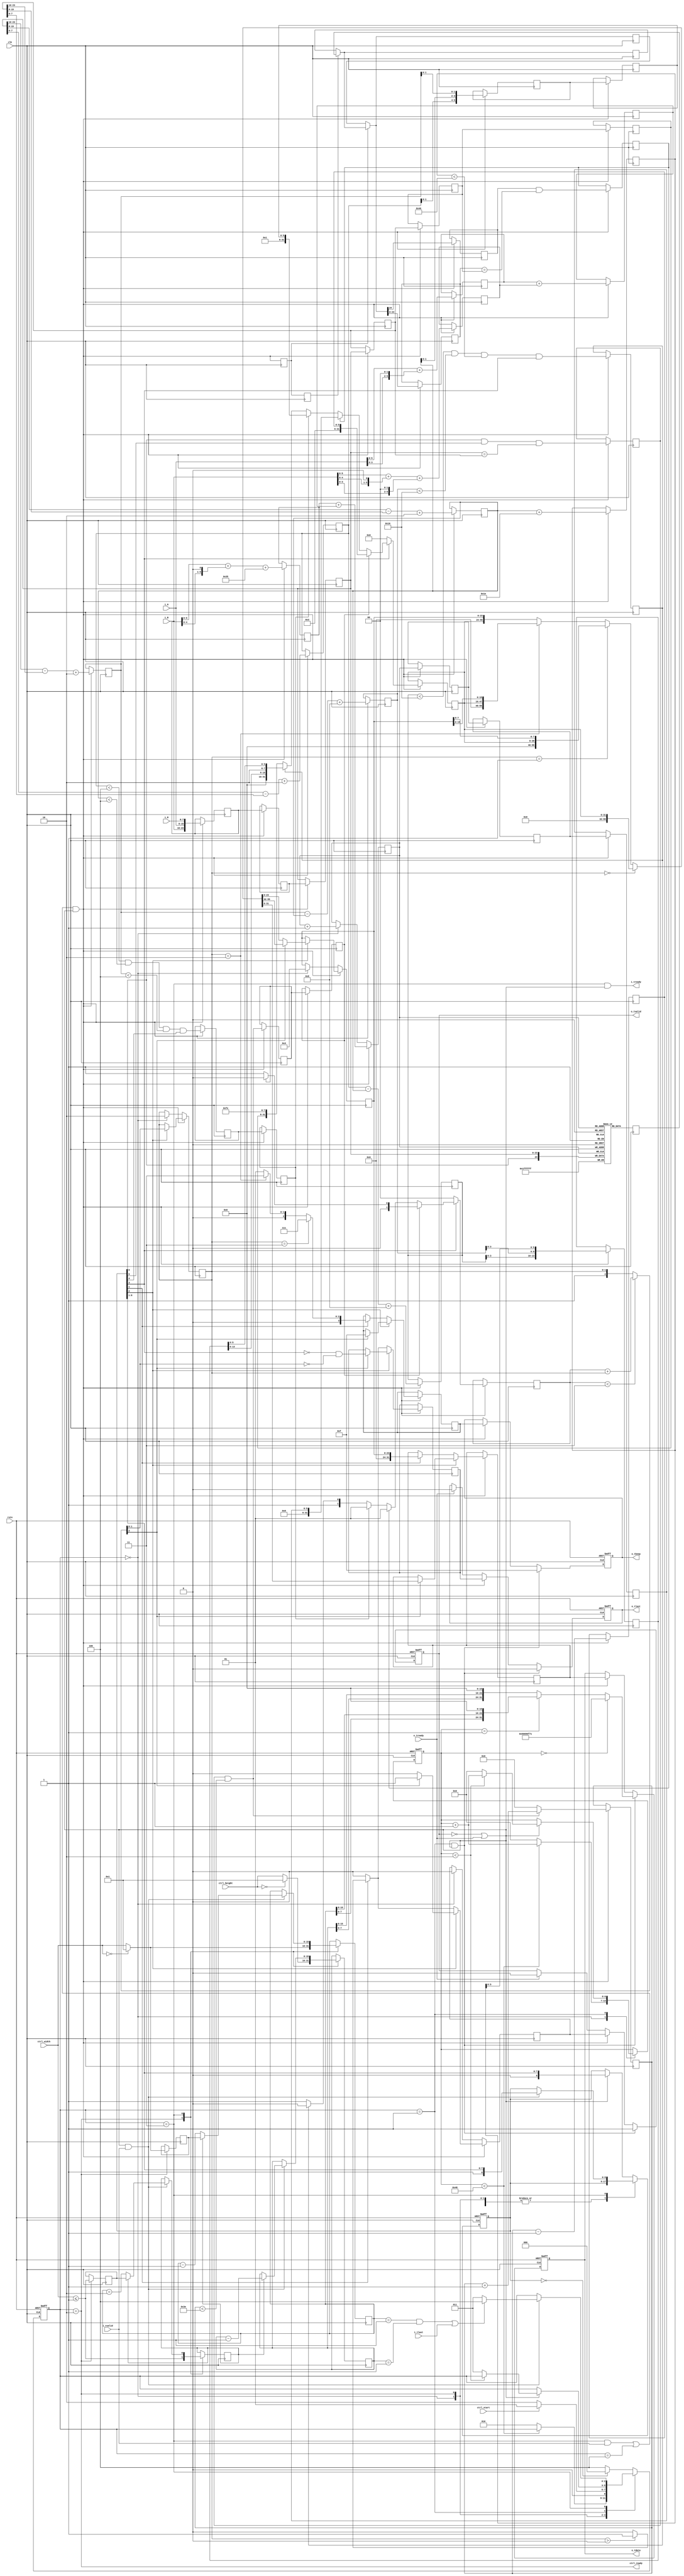

module qoi_compressor (
    input  wire        rstn,
    input  wire        clk,
    // control interface, use this interface to start a frame
    output wire        ctrl_ready,
    input  wire        ctrl_start,
    input  wire [15:0] ctrl_width,
    input  wire [15:0] ctrl_height,
    // input pixel interface (AXI-stream)
    output wire        i_tready,
    input  wire        i_tvalid,
    input  wire        i_tlast,
    input  wire [ 7:0] i_R, i_G, i_B,
    // output compressed QOI stream interface (AXI-stream)
    input  wire        o_tready,
    output reg         o_tvalid,
    output reg         o_tlast,
    output reg  [ 3:0] o_tkeep,
    output reg  [31:0] o_tdata      // little endian
);


localparam [2:0] S_INIT  = 3'd0,
                 S_HDR   = 3'd1,
                 S_WAIT  = 3'd2,
                 S_WORK  = 3'd3,
                 S_FLUSH = 3'd4;

reg  [ 2:0] state = S_INIT;
reg  [ 6:0] cnt   = 7'd0;
reg  [ 8:0] pipe_shift = 9'h0;
reg  [15:0] width, xpos, ypos;
reg         width_e1, xpos_e1;

wire   pipe_ready =  ~o_tvalid | o_tready;
wire   pipe_flow  = ((state == S_WORK && i_tvalid) || state==S_FLUSH) & pipe_ready;
reg    pipe_flow_r1, pipe_flow_r2;
always @ (posedge clk) {pipe_flow_r1, pipe_flow_r2} <= {pipe_flow, pipe_flow_r1};

assign ctrl_ready =  (state == S_WAIT);
assign i_tready   =  (state == S_WORK) & pipe_ready;


always @ (posedge clk or negedge rstn)
    if (~rstn) begin
        state <= S_INIT;
        cnt   <= 7'd0;
        pipe_shift <= 9'h0;
        
    end else begin
        case (state)
            S_INIT :    // use this state to initialize hash table
                if (cnt < 7'd72) begin
                    cnt <= cnt + 7'd1;
                end else begin
                    cnt <= 7'd0;
                    state <= S_WAIT;
                end
            
            S_WAIT :
                state  <= ctrl_start ? S_HDR : S_WAIT;
            
            S_HDR  :
                if (pipe_ready) begin
                    if (cnt < 7'd2) begin
                        cnt <= cnt + 7'd1;
                    end else begin
                        cnt <= 7'd0;
                        state <= S_WORK;
                    end
                end
            
            S_WORK :
                if (pipe_ready & i_tvalid) begin
                    state <= ((xpos==16'd1 && ypos==16'd1) || i_tlast) ? S_FLUSH : S_WORK;
                    pipe_shift <= {1'b1, pipe_shift[8:1]};
                end
            
            default /*S_FLUSH*/ : begin
                state <= (pipe_shift == 9'h0) ? S_INIT : S_FLUSH;
                if (pipe_ready)
                    pipe_shift <= {1'b0, pipe_shift[8:1]};
            end
        endcase
    end


always @ (posedge clk)
    case (state)
        S_WAIT : begin
            width   <= (ctrl_width == 16'd0) ? 16'd1 : ctrl_width;
            xpos    <= (ctrl_width == 16'd0) ? 16'd1 : ctrl_width;
            width_e1<= (ctrl_width <= 16'd1);
            xpos_e1 <= (ctrl_width <= 16'd1);
            ypos    <= (ctrl_height== 16'd0) ? 16'd1 : ctrl_height;
        end
        
        S_WORK :
            if (pipe_ready & i_tvalid) begin
                if (xpos_e1) begin
                    xpos    <= width;
                    xpos_e1 <= width_e1;
                    ypos    <= ypos - 16'd1;
                end else begin
                    xpos    <= xpos - 16'd1;
                    xpos_e1 <=(xpos ==16'd2);
                end
            end
    endcase


wire    a_e, b_e, c_e, d_e, e_e, f_e, g_e, h_e, j_e;                 // pipeline stages : a~h
assign {a_e, b_e, c_e, d_e, e_e, f_e, g_e, h_e, j_e} = pipe_shift;   // extract enable bits of each pipeline stage

reg  [23:0] a_BGR, b_BGR, c_BGR, d_BGR, e_BGR, f_BGR;

reg         d_same_as_previous;
reg  [ 5:0] e_run   , f_run_m1;
reg         e_run_nz, f_run_nz;

reg  [ 7:0] d_dB, d_dG, d_dR;
reg  [ 7:0] e_xB, e_xG, e_xR;

reg         e_diff;
reg  [ 5:0] e_diff_d;

reg         f_diff;
reg  [ 5:0] f_diff_d;

reg         f_luma;
reg  [13:0] f_luma_d;

reg  [ 5:0] a_hash_5G, a_hash_7B, b_hash_5G7B, b_hash_3R;
reg  [ 5:0] c_hash=6'd0, d_hash, e_hash, f_hash;

reg  [24:0] HASH_TAB [63:0];    // 25b : 1b valid + 8b B + 8b G + 8b R
reg  [24:0] rd1, rd2, rd4;
wire [24:0] rd3, rd5;

always @ (posedge clk)  HASH_TAB[c_hash] <= {c_e, c_BGR}; // write HASH_TAB
always @ (posedge clk)  rd1 <= HASH_TAB[c_hash];          // read  HASH_TAB

always @ (posedge clk)  if (pipe_flow_r2) rd2 <= rd1;
assign                                    rd3  = pipe_flow_r2 ? rd1 : rd2;
always @ (posedge clk)  if (pipe_flow_r1) rd4 <= rd3;
assign                                    rd5  = pipe_flow_r1 ? rd3 : rd4;

reg         e_hash_BGR_e;
reg  [23:0] e_hash_BGR;
reg         f_hash_match;

reg  [ 1:0] g_type;      // 0:none   1:1byte   2:2byte   3:4byte
reg  [31:0] g_bytes;

reg  [ 1:0] g_rem_cnt;   // remain byte count : 0~3
reg  [23:0] g_rem_bytes;

wire [ 2:0] g_merge_cnt   = (g_type<2'd3) ?  ({1'b0,g_type}+{1'b0,g_rem_cnt}) : {1'b1,g_rem_cnt} ;
wire [55:0] g_merge_bytes = (g_rem_cnt==2'd0) ? {24'h0, g_bytes                   } :
                            (g_rem_cnt==2'd1) ? {16'h0, g_bytes, g_rem_bytes[ 7:0]} :
                            (g_rem_cnt==2'd2) ? { 8'h0, g_bytes, g_rem_bytes[15:0]} :
                                                {       g_bytes, g_rem_bytes      } ;

reg         h_tvalid;
reg         h_tlast;
reg  [ 3:0] h_tkeep;
reg  [31:0] h_tdata;


always @ (posedge clk)
    if (pipe_flow) begin
        {a_BGR, b_BGR, c_BGR, d_BGR, e_BGR, f_BGR} <= {i_B,i_G,i_R, a_BGR, b_BGR, c_BGR, d_BGR, e_BGR};
        
        d_same_as_previous <= c_e && d_e && (c_BGR == d_BGR);
        e_run    <= (d_same_as_previous && (e_run < 6'd62)) ? (e_run + 6'd1) : 6'd0;
        e_run_nz <= (d_same_as_previous && (e_run < 6'd62));
        f_run_m1 <= e_run - 6'd1;
        f_run_nz <= e_run_nz;
        
        d_dB <= c_BGR[23:16] - d_BGR[23:16] + 8'd2;
        d_dG <= c_BGR[15: 8] - d_BGR[15: 8] + 8'd2;
        d_dR <= c_BGR[ 7: 0] - d_BGR[ 7: 0] + 8'd2;
        
        e_xB <= d_dB - d_dG + 8'd8;
        e_xG <= d_dG        + 8'd30;
        e_xR <= d_dR - d_dG + 8'd8;
        
        e_diff   <= (d_dR<8'd4  && d_dG<8'd4  && d_dB<8'd4 ) && e_e;
        e_diff_d <= {d_dR[1:0],    d_dG[1:0],    d_dB[1:0]};
        
        f_diff   <= e_diff;
        f_diff_d <= e_diff_d;
        
        f_luma   <= (e_xR<8'd16 && e_xB<8'd16 && e_xG<8'd64) && f_e;
        f_luma_d <= {e_xR[3:0],    e_xB[3:0],    e_xG[5:0]};
        
        a_hash_5G  <= i_G[5:0] + {i_G[3:0],2'b0};
        a_hash_7B  <= i_B[5:0] + {i_B[4:0],1'b0} + {i_B[3:0],2'b0};
        b_hash_5G7B <= a_hash_5G + a_hash_7B;
        b_hash_3R   <= a_BGR[5:0] + {a_BGR[4:0],1'b0} + 6'd53;
        c_hash <= b_hash_3R + b_hash_5G7B;
        d_hash <= c_hash;
        e_hash <= d_hash;
        f_hash <= e_hash;
        
        {e_hash_BGR_e, e_hash_BGR} <= rd5;
        f_hash_match <= (e_hash_BGR_e && (e_hash_BGR == e_BGR));
        
        if (~f_e) begin
            g_type  <= 2'd0;
            g_bytes <= 0;
        end else if (f_run_nz) begin
            //if (e_run_nz) $display("QOI_OP_RUN    %d", f_run_m1+6'd1);
            g_type  <= e_run_nz ? 2'd0 : 2'd1;            // QOI_OP_RUN
            g_bytes <= {24'h0, 2'b11, f_run_m1};
        end else if (f_hash_match) begin                  // QOI_OP_INDEX
            //$display("QOI_OP_INDEX  %d", f_hash);
            g_type  <= 2'd1;
            g_bytes <= {24'h0, 2'b00, f_hash};
        end else if (f_diff) begin                        // QOI_OP_DIFF
            //$display("QOI_OP_DIFF   %1x  %1x  %1x", f_diff_d[5:4], f_diff_d[3:2], f_diff_d[1:0] );
            g_type  <= 2'd1;
            g_bytes <= {24'h0, 2'b01, f_diff_d};
        end else if (f_luma) begin                        // QOI_OP_LUMA
            //$display("QOI_OP_LUMA   %1x  %1x  %02x", f_luma_d[13:10], f_luma_d[9:6], f_luma_d[5:0] );
            g_type  <= 2'd2;
            g_bytes <= {16'h0, f_luma_d[13:6], 2'b10, f_luma_d[5:0]};
        end else begin                                    // QOI_OP_RGB
            //$display("QOI_OP_RGB    %02x  %02x  %02x", f_BGR[23:16], f_BGR[15:8], f_BGR[7:0] );
            g_type  <= 2'd3;
            g_bytes <= {f_BGR, 8'hFE};
        end
        
        if (g_e) begin
            if (g_merge_cnt[2]) begin
                g_rem_cnt   <= g_merge_cnt[1:0];
                g_rem_bytes <= g_merge_bytes[55:32];
                
                h_tvalid <= 1'b1;
                h_tlast  <= (~f_e) && (g_merge_cnt[1:0]==2'd0);
                h_tkeep  <= 4'b1111;
                h_tdata  <= g_merge_bytes[31:0];
            end else begin
                g_rem_cnt   <= g_merge_cnt[1:0];
                g_rem_bytes <= g_merge_bytes[23:0];
                
                h_tvalid <= 1'b0;
            end
        end else if (h_e) begin       // g_e=0, h_e=1  only when the end, flush the remain bytes in g_rem_bytes
            h_tvalid <= (g_rem_cnt > 2'd0) ? 1'b1 : 1'b0;
            h_tlast  <= (g_rem_cnt > 2'd0) ? 1'b1 : 1'b0;
            h_tkeep  <= (g_rem_cnt== 2'd3) ? 4'b0111 : (g_rem_cnt==2'd2) ? 4'b0011 : 4'b0001 ;
            h_tdata  <= {8'h0, g_rem_bytes};
        end else begin
            h_tvalid <= 1'b0;
            h_tlast  <= 1'b0;
        end
        
    end else if (state == S_INIT) begin
        c_hash <= c_hash + 6'd1;
        
        g_rem_cnt   <= 2'd2;       // init: the last 2 bytes in header "\x03\x00"
        g_rem_bytes <= 24'h00_03;  // init: the last 2 bytes in header "\x03\x00"
        
        h_tvalid <= 1'b0;
    end


always @ (posedge clk or negedge rstn)
    if (~rstn) begin
        {o_tvalid, o_tlast, o_tkeep, o_tdata} <= 38'h0;
    end else begin
        if (state==S_HDR && pipe_ready) begin
            o_tvalid <= 1'b1;
            o_tlast  <= 1'b0;
            o_tkeep  <= 4'b1111;
            o_tdata  <= (cnt==7'd0) ? 32'h66_69_6f_71                :  // "qoif" in little endian
                        (cnt==7'd1) ? {xpos[7:0], xpos[15:8], 16'd0} :  // image width
                                      {ypos[7:0], ypos[15:8], 16'd0} ;  // image height
        end else if (pipe_flow) begin
            o_tvalid <= h_tvalid;
            o_tlast  <= h_tlast;
            o_tkeep  <= h_tkeep;
            o_tdata  <= h_tdata;
        end else if (o_tready) begin
            o_tvalid <= 1'b0;
            o_tlast  <= 1'b0;
        end
    end


endmodule